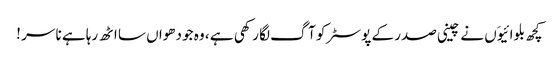
کچھ بلوائیوَں نے چینی صدر کے پوسٹر کو آگ لگا رکھی ہے ، وہ جو دھواں سا اٹھ رہا ہے نا سر !